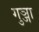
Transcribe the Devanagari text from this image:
गुञ्जा